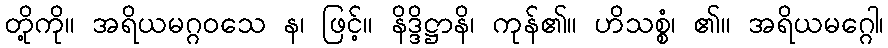
တို့ကို။ အရိယမဂ္ဂဝသေ န၊ ဖြင့်။ နိဒ္ဒိဋ္ဌာနိ၊ ကုန်၏။ ဟိသစ္စံ၊ ၏။ အရိယမဂ္ဂေါ၊